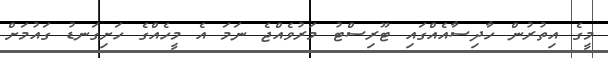
މީގެ އިތުރުން ހާދިސާއެއްގައި ޓޫރިސްޓު މަރުވެއްޖެ ނަމަ އެ މީހެއްގެ ހަށިގަނޑު ގައުމަށް